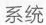
系统